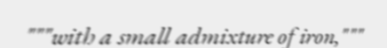
"""with a small admixture of iron,"""